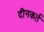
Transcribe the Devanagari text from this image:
दीनकर्त